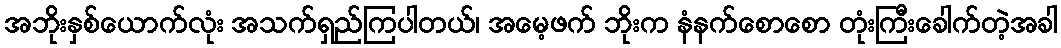
အဘိုးနှစ်ယောက်လုံး အသက်ရှည်ကြပါတယ်၊ အမေ့ဖက် ဘိုးက နံနက်စောစော တုံးကြီးခေါက်တဲ့အခါ